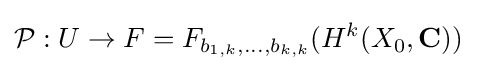
{\mathcal {P}}:U\rightarrow F=F_{b_{1,k},\ldots ,b_{k,k}}(H^{k}(X_{0},\mathbf {C} ))